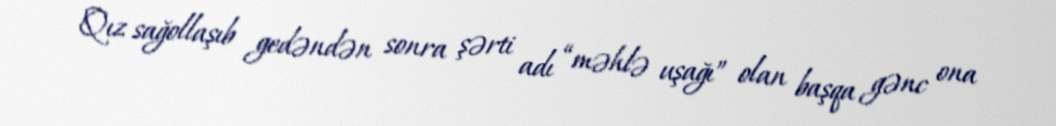
Qız sağollaşıb gedəndən sonra şərti adı “məhlə uşağı” olan başqa gənc ona